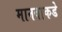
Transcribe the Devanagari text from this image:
मानवाकडे